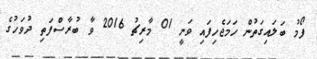
ފޯމު ބަލައިގަތުން ހަމަޖެހިފައި ވަނީ 01 މާރިޗު 2016 ވާ ބުރާސްފަތި ދުވަހުގެ